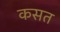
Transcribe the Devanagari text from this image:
कसत